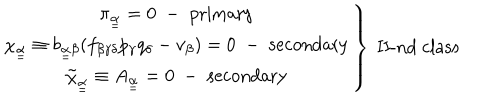
LaTeX: \left. \begin{array} { c c l } { { \pi _ { \underline { { { \underline { { { \alpha } } } } } } } = 0 \; - \; \mathrm { p r i m a r y } } } \\ { { \chi _ { \underline { { { \underline { { { \alpha } } } } } } } \equiv b _ { \underline { { { \underline { { { \alpha } } } } } } \beta } ( f _ { \beta \gamma \delta } p _ { \gamma } q _ { \delta } - v _ { \beta } ) = 0 \; - \; \mathrm { s e c o n d a r y } } } \\ { { \tilde { \chi } _ { \underline { { { \underline { { { \alpha } } } } } } } \equiv A _ { \underline { { { \underline { { { \alpha } } } } } } } = 0 \; - \; \mathrm { s e c o n d a r y } } } \\ \end{array} \right\} \; \mathrm { I I - n d ~ c l a s s }